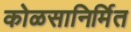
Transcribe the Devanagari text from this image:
कोळसानिर्मित